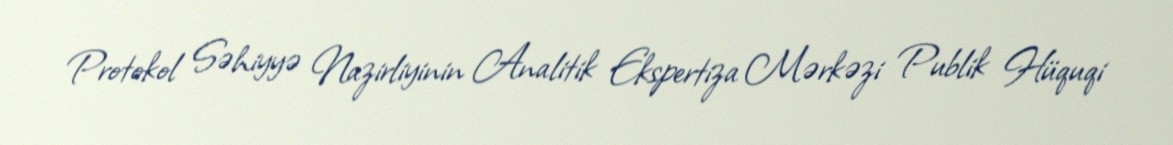
Protokol Səhiyyə Nazirliyinin Analitik Ekspertiza Mərkəzi Publik Hüquqi